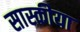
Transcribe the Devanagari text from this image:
सास्कीया